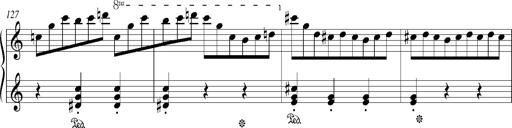
Title: Bagatelle sans tonalitÃ©
Composer: Franz Liszt